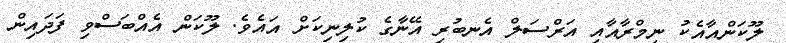
ލޫކަންއާއެކު ނިމްރާއާއި އަރްސަލް އެނބުރި އޭނާގެ ކުލިނިކަށް އައެވެ. ލޫކަން އެއްބަސްވި ފަދައިން